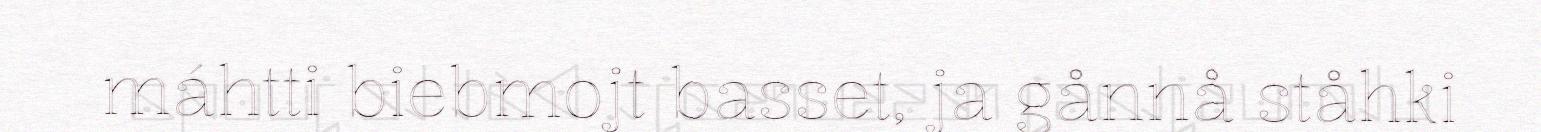
máhtti biebmojt basset, ja gånnå ståhki